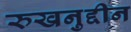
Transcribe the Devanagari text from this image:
रुखनुद्दीन